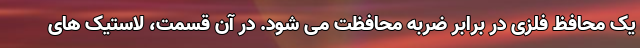
یک محافظ فلزی در برابر ضربه محافظت می شود. در آن قسمت، لاستیک های